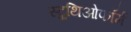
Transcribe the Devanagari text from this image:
स्ट्रुथिओफॉर्म